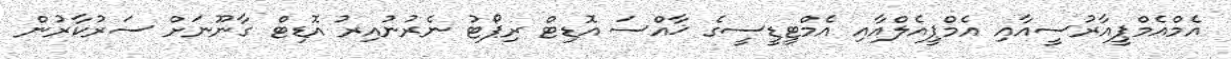
އެމްއެމްޕީއާރުސީއާއި އެމްޕީއެލްއާއި އެމްޓީޑީސީގެ ޚާއްސަ އޮޑިޓް ރިޕޯޓު ނެރުނުއިރު އޮޑިޓް ގާނޫނަށް ސަރުކާރުން